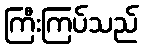
ကြီးကြပ်သည်